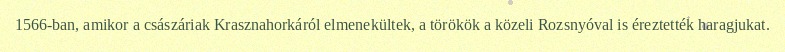
1566-ban, amikor a császáriak Krasznahorkáról elmenekültek, a törökök a közeli Rozsnyóval is éreztették haragjukat.